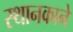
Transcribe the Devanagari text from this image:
स्थानकाने